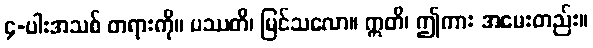
၄-ပါးအသစ် တရားကို။ ပဿတိ၊ မြင်သလော။ ဣတိ၊ ဤကား အမေးတည်း။